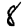
Digit: 8